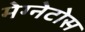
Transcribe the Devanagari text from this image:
मेग्नेटोस